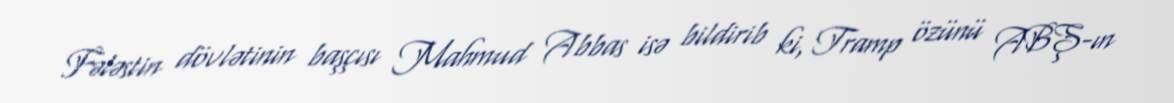
Fələstin dövlətinin başçısı Mahmud Abbas isə bildirib ki, Tramp özünü ABŞ-ın